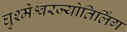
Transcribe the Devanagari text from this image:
घुश्मेश्वरज्योतिर्लिंग